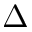
\Delta